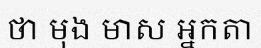
ថា មុង មាស អ្នកតា